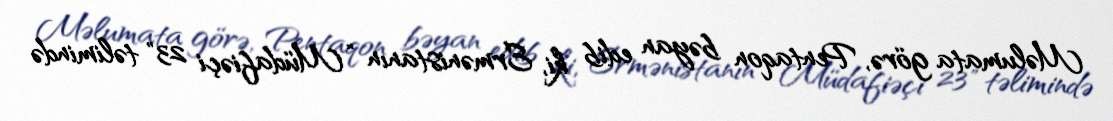
Məlumata görə, Pentaqon bəyan edib ki, Ermənistanın “Müdafiəçi 23" təlimində